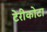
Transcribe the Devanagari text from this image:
टेरीकोटा